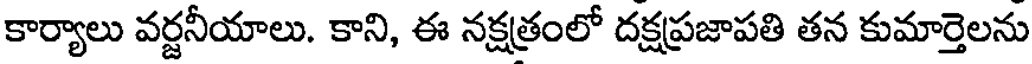
కార్యాలు వర్జనీయాలు. కాని, ఈ నక్షత్రంలో దక్షప్రజాపతి తన కుమార్తెలను